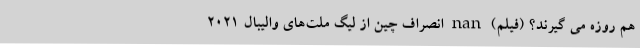
هم روزه می گیرند؟ (فیلم) nan انصراف چین از لیگ ملت‌های والیبال ۲۰۲۱